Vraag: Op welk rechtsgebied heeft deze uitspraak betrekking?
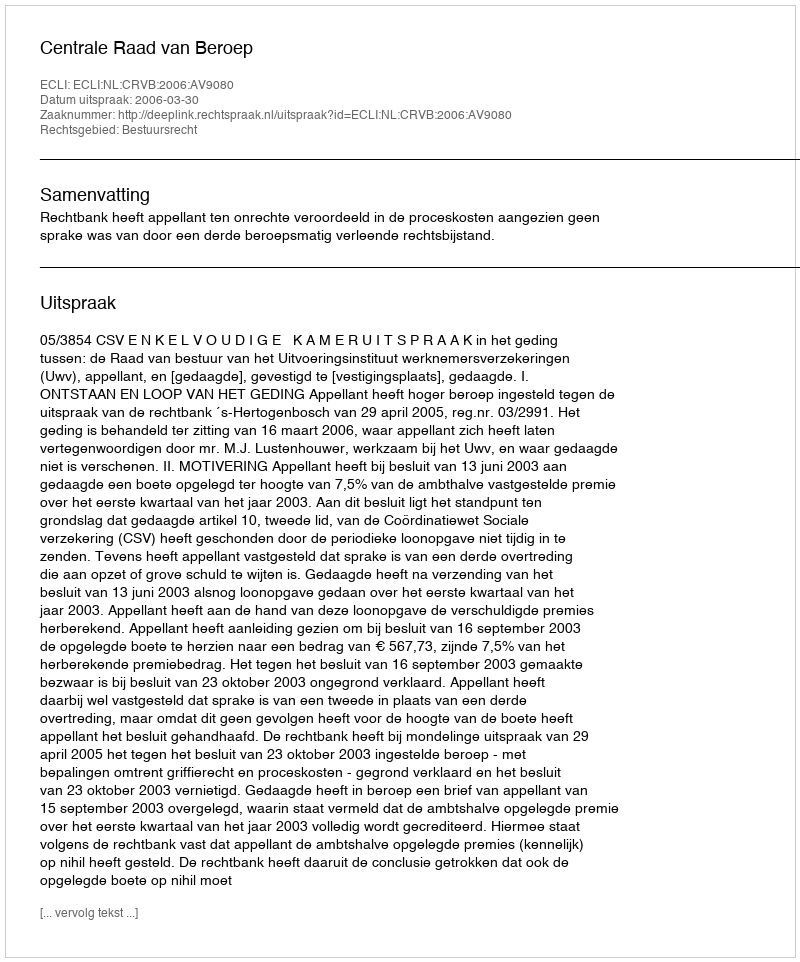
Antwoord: Bestuursrecht